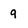
Character: 9